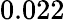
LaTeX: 0.022